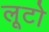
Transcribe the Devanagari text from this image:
लूटो